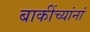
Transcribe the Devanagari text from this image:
बाकींच्यांनां